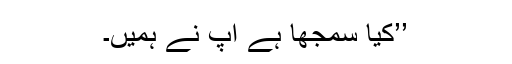
’’کیا سمجھا ہے آپ نے ہمیں۔